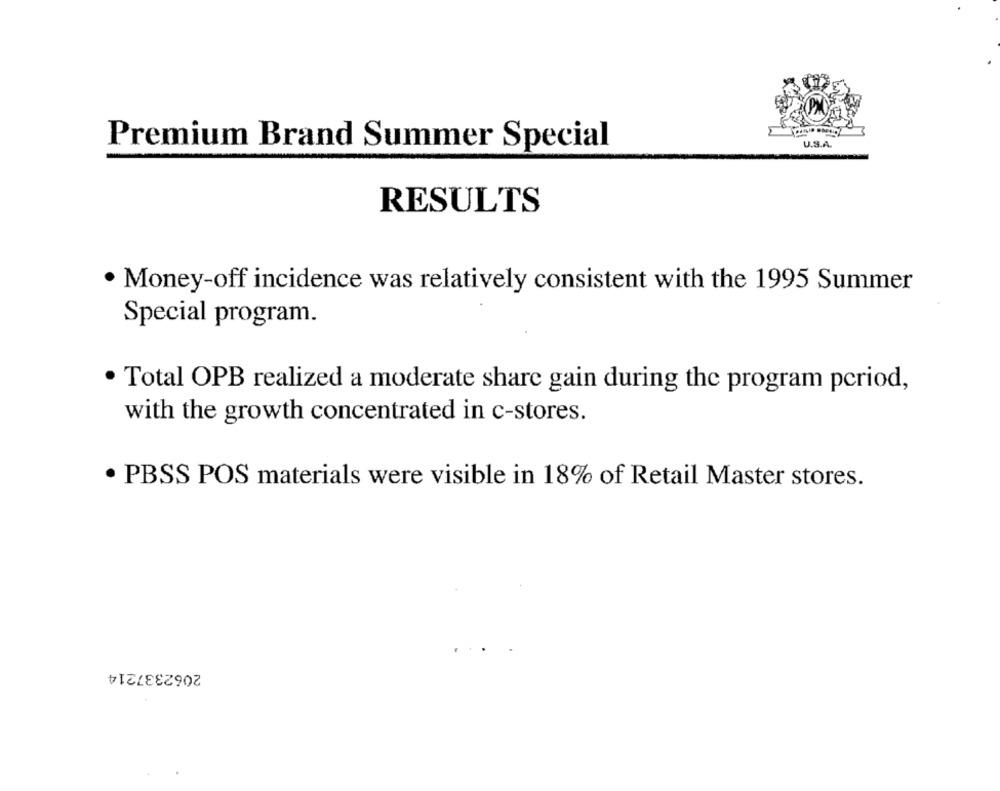
Premium Brand Summer Special
U.S.A.
RESULTS
Money-off incidence was relatively consistent with the 1995 Summer
Special program.
Total OPB realized a moderate share gain during the program period,
with the growth concentrated in c-stores.
· PBSS POS materials were visible in 18% of Retail Master stores.
2062337214